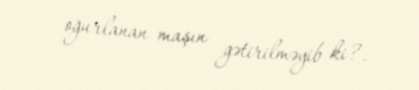
oğurlanan maşın gətirilməyib ki?.